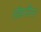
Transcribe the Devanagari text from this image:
रॉडनीना